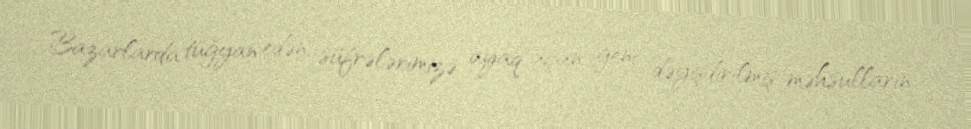
Bazarlarda tüğyan edən, süfrələrimizə ayaq açan geni dəyişdirilmiş məhsulların